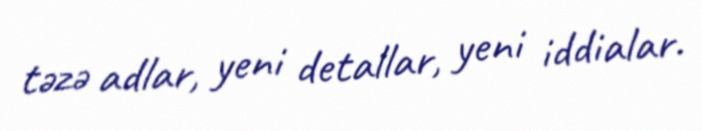
təzə adlar, yeni detallar, yeni iddialar.